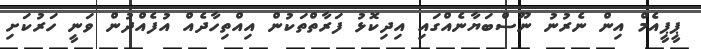
ޕީޕީއެމް އިން ނެރުނު ނޫސްބަޔާނެއްގައި އިދިކޮޅު ފަރާތްތަކުން އިއްތިހާދެއް އުފެއްދުން ވަނީ ހަރުކަށި